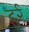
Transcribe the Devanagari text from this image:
दुर्र